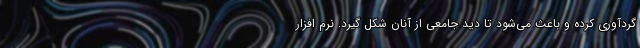
گردآوری کرده و باعث می‌شود تا دید جامعی از آنان شکل گیرد. نرم افزار